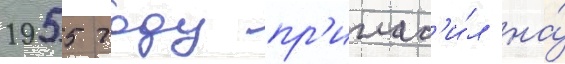
1955 году пр'иглас'и́л на́